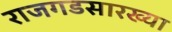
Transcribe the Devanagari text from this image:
राजगडसारख्या